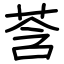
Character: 莟